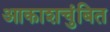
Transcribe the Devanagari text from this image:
आकाशचुंबित